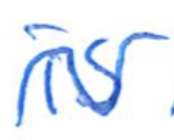
Text: is
Cross-out: mix
Writing tool: ballpoint